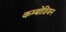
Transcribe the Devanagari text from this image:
कम्बोडियन